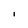
Character: l